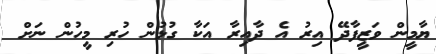
ޔާމީން ވަޒީފާދޭ އިރު އެ ދާއިރާ އަކާ ގުޅުން ހުރި މީހުން ނަށް